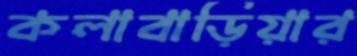
কলাবাড়িয়ার